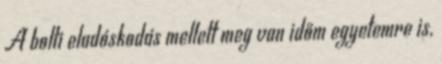
A bolti eladóskodás mellett meg van időm egyetemre is,